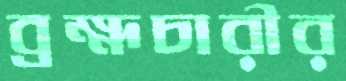
ব্রহ্মচারীর